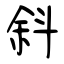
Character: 斜